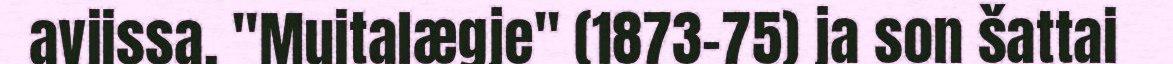
aviissa, "Muitalægje" (1873-75) ja son šattai